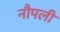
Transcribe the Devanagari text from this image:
नौपली